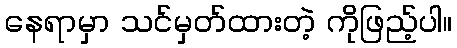
နေရာမှာ သင်မှတ်ထားတဲ့ ကိုဖြည့်ပါ။